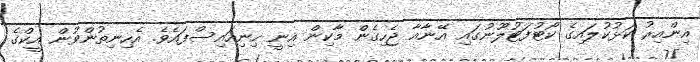
އިންއިރު ކަޅުކުލައިގެ ކޯޓުފަޓުލޫނުގައި އޭނާއާ ޖެހިގެން މާކިން އިނީ ހިނިއައިސްފައެވެ. އެހިނިތުންވުން އީކްގެ